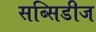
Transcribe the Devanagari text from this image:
सब्सिडीज